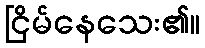
ငြိမ်နေသေး၏။